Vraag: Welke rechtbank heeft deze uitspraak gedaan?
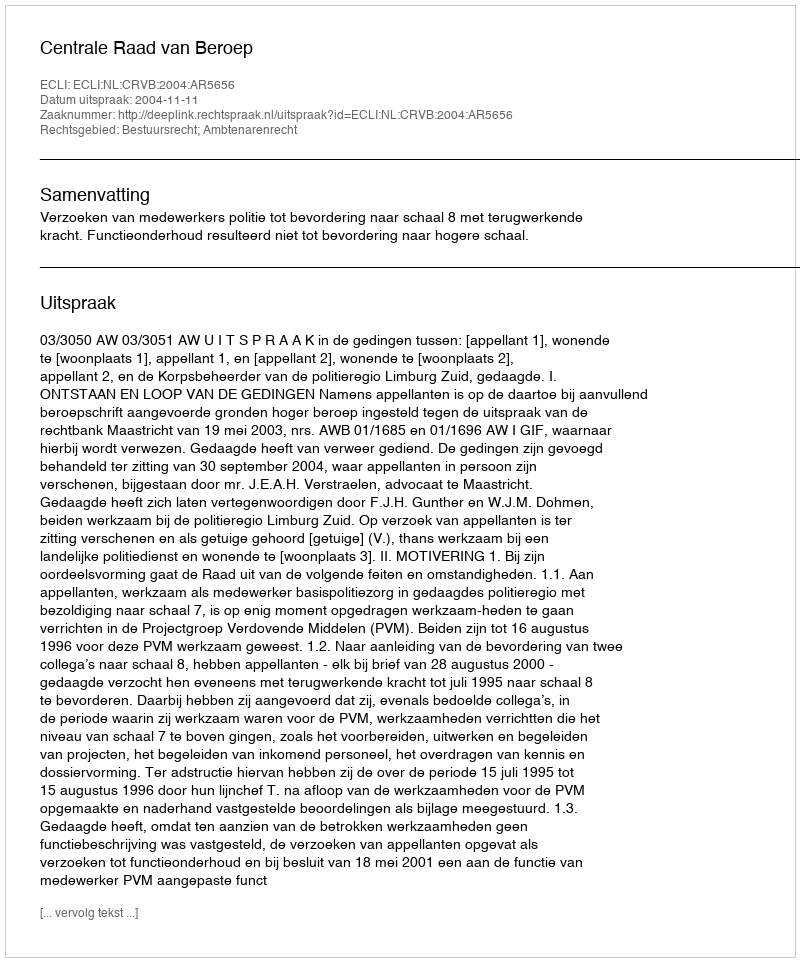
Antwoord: Centrale Raad van Beroep